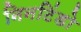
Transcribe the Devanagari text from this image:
निनटिंडो